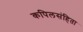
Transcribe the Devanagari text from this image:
कपिलसंहिता